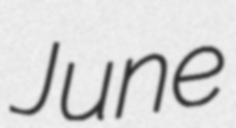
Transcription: June